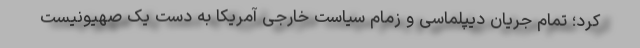
کرد؛ تمام جریان دیپلماسی و زمام سیاست خارجی آمریکا به دست یک صهیونیست